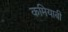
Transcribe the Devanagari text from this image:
कमियाबी